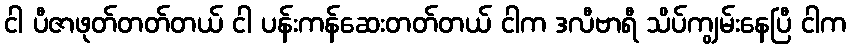
ငါ ပီဇာဖုတ်တတ်တယ် ငါ ပန်းကန်ဆေးတတ်တယ် ငါက ဒလီဗာရီ သိပ်ကျွမ်းနေပြီ ငါက